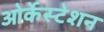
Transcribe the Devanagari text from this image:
ओर्केस्टेशन